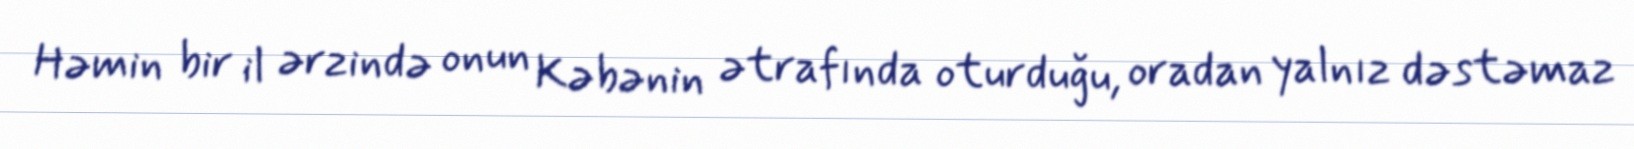
Həmin bir il ərzində onun Kəbənin ətrafında oturduğu, oradan yalnız dəstəmaz